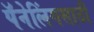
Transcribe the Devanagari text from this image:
पॅनेलिंगसाठी